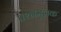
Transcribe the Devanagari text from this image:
प्रश्नमूलक